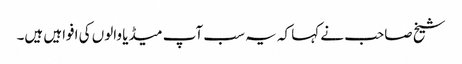
شیخ صاحب نے کہا کہ یہ سب آپ میڈیا والوں کی افواہیں ہیں۔